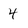
Character: 4